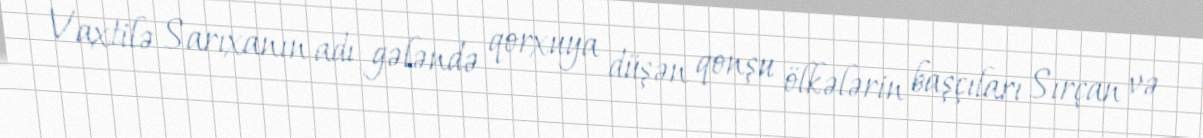
Vaxtilə Sarıxanın adı gələndə qorxuya düşən qonşu ölkələrin başçıları Sırçan və